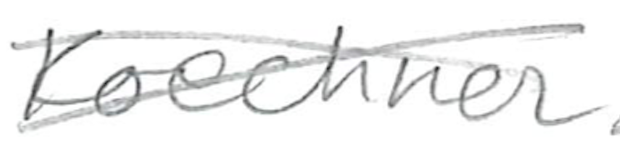
Text: Koechner
Cross-out: cross
Writing tool: pencil